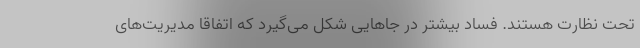
تحت نظارت هستند. فساد بیشتر در جاهایی شکل می‌گیرد که اتفاقا مدیریت‌های